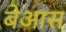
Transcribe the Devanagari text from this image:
बेआस